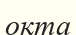
оқта